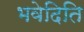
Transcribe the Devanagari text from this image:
भवेदिति